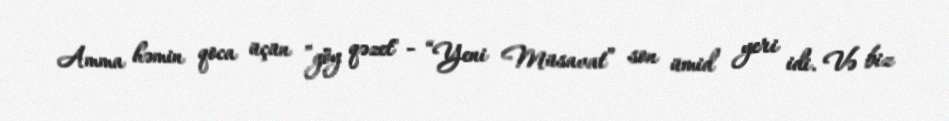
Amma həmin qoca üçün ”göy qəzet" - “Yeni Müsavat” son ümid yeri idi. Və biz